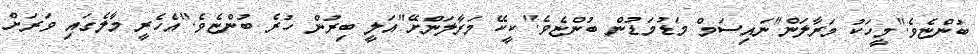
ބުންޏެވެ."މީހަކު މަރާލަން"ނައިސަމް މަޑުމަޑުން ބުންޏެވެ."ކީކޭ މަރާލަންށޭ"އަލީ ބިރުން ހުރެ ބުންޏެވެ."އެހެރީ މާލެގައި ވަރަށް